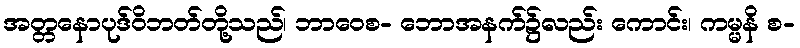
အတ္တနောပုဒ်ဝိဘတ်တို့သည်၊ ဘာဝေစ- ဘောအနက်၌လည်း ကောင်း၊ ကမ္မနိ စ-